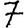
Digit: 7